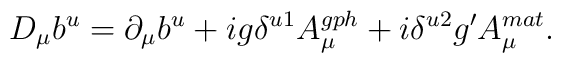
D_\mu b^u=\partial_\mu b^u + ig\delta^{u1}A^{gph}_\mu +i\delta^{u2}g'A^{mat}_\mu .